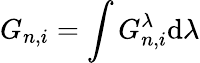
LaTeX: G_{n,i}=\int G_{n,i}^{\lambda}\mathrm{d}\lambda